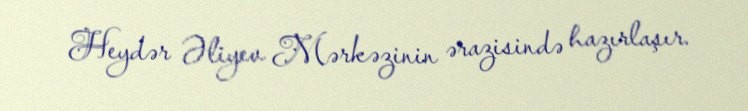
Heydər Əliyev Mərkəzinin ərazisində hazırlaşır.